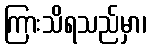
ကြားသိရသည်မှာ၊